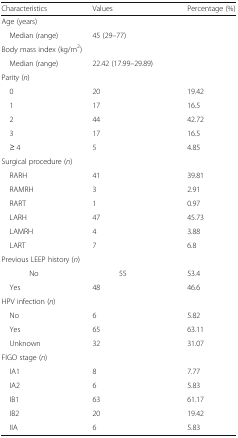
<table><thead><tr><td><b>Characteristics</b></td><td><b>Values</b></td><td><b>Percentage (%)</b></td></tr></thead><tbody><tr><td colspan="3">Age (years)</td></tr><tr><td> Median (range)</td><td>45 (29–77)</td><td></td></tr><tr><td colspan="3">Body mass index (kg/m<sup>2</sup>)</td></tr><tr><td> Median (range)</td><td>22.42 (17.99–29.89)</td><td></td></tr><tr><td colspan="3">Parity (<i>n</i>)</td></tr><tr><td> 0</td><td>20</td><td>19.42</td></tr><tr><td> 1</td><td>17</td><td>16.5</td></tr><tr><td> 2</td><td>44</td><td>42.72</td></tr><tr><td> 3</td><td>17</td><td>16.5</td></tr><tr><td> ≥ 4</td><td>5</td><td>4.85</td></tr><tr><td colspan="3">Surgical procedure (<i>n</i>)</td></tr><tr><td> RARH</td><td>41</td><td>39.81</td></tr><tr><td> RAMRH</td><td>3</td><td>2.91</td></tr><tr><td> RART</td><td>1</td><td>0.97</td></tr><tr><td> LARH</td><td>47</td><td>45.73</td></tr><tr><td> LAMRH</td><td>4</td><td>3.88</td></tr><tr><td> LART</td><td>7</td><td>6.8</td></tr><tr><td colspan="3">Previous LEEP history (<i>n</i>)</td></tr><tr><td> No</td><td>55</td><td>53.4</td></tr><tr><td> Yes</td><td>48</td><td>46.6</td></tr><tr><td colspan="3">HPV infection (<i>n</i>)</td></tr><tr><td> No</td><td>6</td><td>5.82</td></tr><tr><td> Yes</td><td>65</td><td>63.11</td></tr><tr><td> Unknown</td><td>32</td><td>31.07</td></tr><tr><td colspan="3">FIGO stage (<i>n</i>)</td></tr><tr><td> IA1</td><td>8</td><td>7.77</td></tr><tr><td> IA2</td><td>6</td><td>5.83</td></tr><tr><td> IB1</td><td>63</td><td>61.17</td></tr><tr><td> IB2</td><td>20</td><td>19.42</td></tr><tr><td> IIA</td><td>6</td><td>5.83</td></tr></tbody></table>